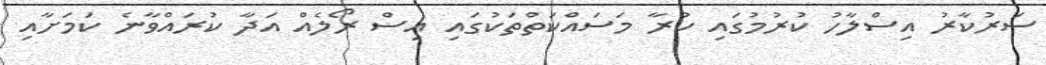
ސަރުކާރު އިސްލާހު ކުރުމުގައި ކުރާ މަސައްކަތްތަކުގައި އިސް ރޯލެއް އަދާ ކުރައްވާނެ ކަމަށާއި